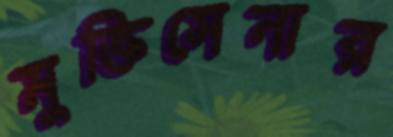
মুক্তিসেনার